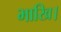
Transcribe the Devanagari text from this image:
भाखि।